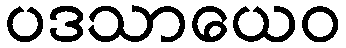
ပဒသာယေဝ